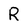
Character: R